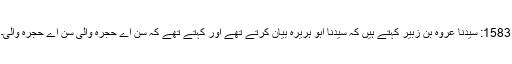
1583: سیدنا عروہ بن زبیر کہتے ہیں کہ سیدنا ابو ہریرہؓ بیان کرتے تھے اور کہتے تھے کہ سن اے حجرہ والی سن اے حجرہ والی۔